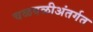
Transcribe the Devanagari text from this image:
चळवळीअंतर्गत